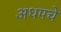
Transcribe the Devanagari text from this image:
अधपचे